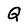
Character: Q